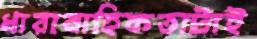
ধারাবাহিকতাটাই